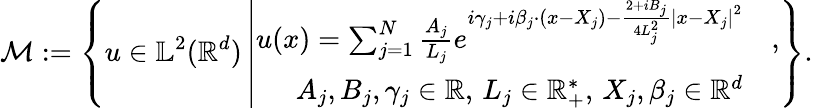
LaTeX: \mathcal{M}:=\left\{ u\in\mathbb{L}^{2}(\mathbb{R}^{d})\left|\begin{array}{rl}{u(x)=\sum_{j=1}^{N}\frac{A_{j}}{L_{j}}e^{i\gamma_{j}+i\beta_{j}\cdot(x-X_{j})-\frac{2+iB_{j}}{4L_{j}^{2}}\left|x-X_{j}\right|^{2}}}&{,}\\ {A_{j},B_{j},\gamma_{j}\in\mathbb{R},\, L_{j}\in\mathbb{R}_{+}^{*},\, X_{j},\beta_{j}\in\mathbb{R}^{d}}&{}\end{array}\right.\right\} .